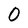
Character: 0